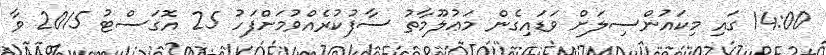
14:00 ގައި މިކައުންސިލަށް ވަޑައިގެން މަޢުލޫމާތު ސާފުކުރެއްވުމަށްފަހު 25 އޮގަސްޓު 2015 ވާ